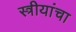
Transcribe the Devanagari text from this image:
स्त्रीयांचा